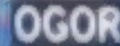
OGOR